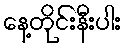
နေ့တိုင်းနီးပါး